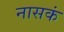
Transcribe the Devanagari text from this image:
नासकं